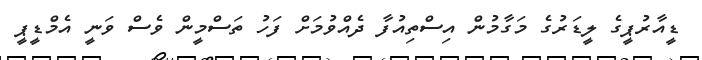
ޑީއާރުޕީގެ ލީޑަރުގެ މަގާމުން އިސްތިއުފާ ދެއްވުމަށް ފަހު ތަސްމީން ވެސް ވަނީ އެމްޑީޕީ